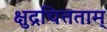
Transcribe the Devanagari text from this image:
क्षुद्रचित्तताम्